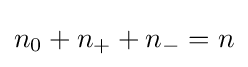
n_{0}+n_{+}+n_{-}=n